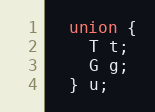
Language: C
  union {
    T t;
    G g;
  } u;